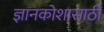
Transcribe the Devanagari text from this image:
ज्ञानकोशासाठी